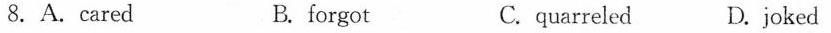
8.A.cared B.forgot C.quarreled D.joked